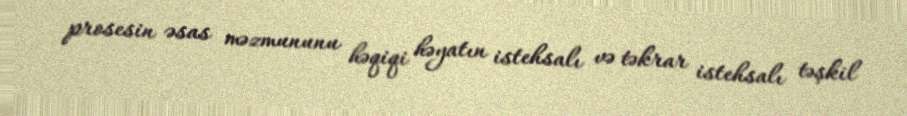
prosesin əsas məzmununu həqiqi həyatın istehsalı və təkrar istehsalı təşkil